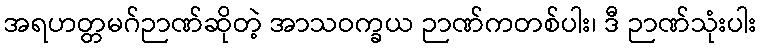
အရဟတ္တမဂ်ဉာဏ်ဆိုတဲ့ အာသဝက္ခယ ဉာဏ်ကတစ်ပါး၊ ဒီ ဉာဏ်သုံးပါး